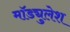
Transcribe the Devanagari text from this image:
मॉड्युलेश